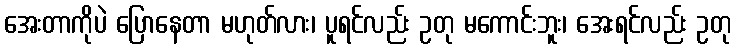
အေးတာကိုပဲ ပြောနေတာ မဟုတ်လား၊ ပူရင်လည်း ဥတု မကောင်းဘူး၊ အေးရင်လည်း ဥတု